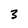
Character: 3